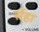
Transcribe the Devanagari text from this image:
र्सहा